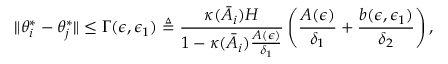
\lVert \theta _ { i } ^ { * } - \theta _ { j } ^ { * } \rVert \le \Gamma ( \epsilon , \epsilon _ { 1 } ) \triangleq \frac { \kappa ( \bar { A } _ { i } ) H } { 1 - \kappa ( \bar { A } _ { i } ) \frac { A ( \epsilon ) } { \delta _ { 1 } } } \left( \frac { A ( \epsilon ) } { \delta _ { 1 } } + \frac { b ( \epsilon , \epsilon _ { 1 } ) } { \delta _ { 2 } } \right) ,